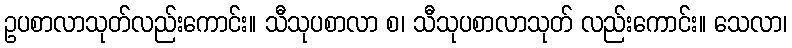
ဥပစာလာသုတ်လည်းကောင်း။ သီသုပစာလာ စ၊ သီသုပစာလာသုတ် လည်းကောင်း။ သေလာ၊